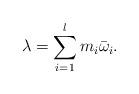
LaTeX: \begin{align*} \lambda = \sum\limits_{i=1}^l m_i\bar\omega_i.\end{align*}